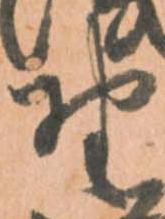
野